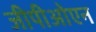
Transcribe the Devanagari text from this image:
जीपीओएन